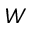
W